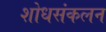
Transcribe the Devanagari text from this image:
शोधसंकलन